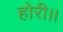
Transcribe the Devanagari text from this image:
होरी।।